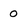
Character: 0